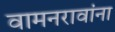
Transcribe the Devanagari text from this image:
वामनरावांना